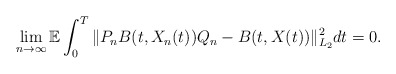
\begin{align*}\lim_{n\rightarrow\infty}\mathbb{E}\int_0^{T} \Vert P_n B(t,X_n(t))Q_n - B(t, X(t)) \Vert_{L_2}^2 dt = 0 .\end{align*}